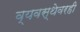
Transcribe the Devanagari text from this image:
व्यवस्थेवरही